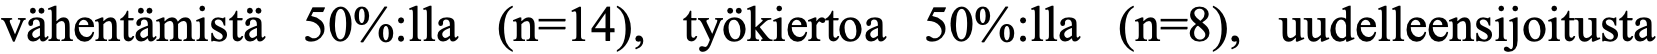
vähentämistä 50%:lla (n=14), työkiertoa 50%:lla (n=8), uudelleensijoitusta